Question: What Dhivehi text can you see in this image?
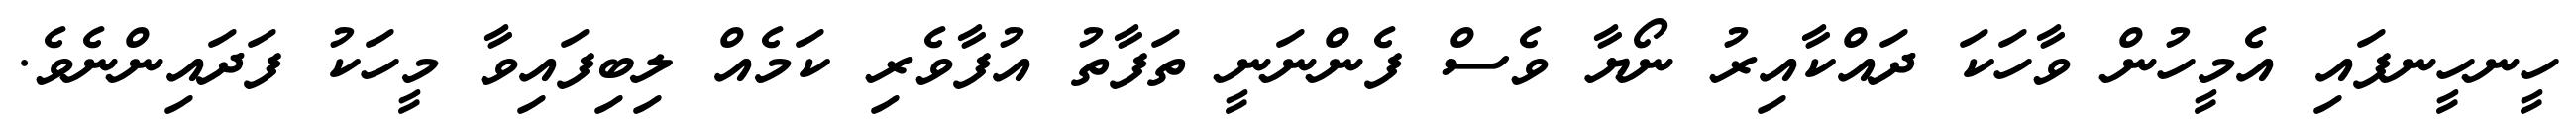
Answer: ހީނހީނފައި އެމީހުން ވާހަކަ ދައްކާއިރު ނޯޔާ ވެސް ފެންނަނީ ތަފާތު އުފާވެރި ކަމެއް ލިބިފައިވާ މީހަކު ފަދައިންނެވެ.